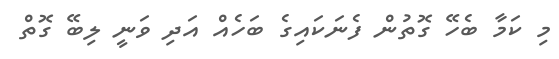
މި ކަމާ ބެހޭ ގޮތުން ފެނަކައިގެ ބަހެއް އަދި ވަނީ ލިބޭ ގޮތް